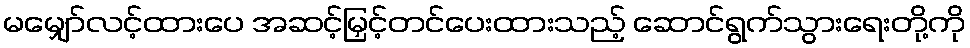
မမျှော်လင့်ထားပေ အဆင့်မြှင့်တင်ပေးထားသည့် ဆောင်ရွက်သွားရေးတို့ကို